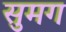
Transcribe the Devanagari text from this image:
सुमग